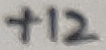
Text: +12